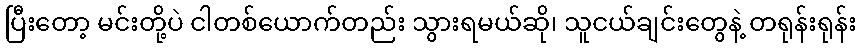
ပြီးတော့ မင်းတို့ပဲ ငါတစ်ယောက်တည်း သွားရမယ်ဆို၊ သူငယ်ချင်းတွေနဲ့ တရုန်းရုန်း